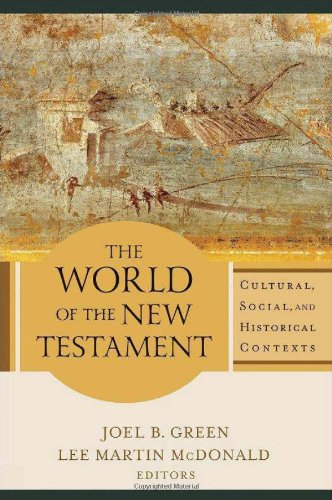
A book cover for The World of the New Testament: Cultural, Social, and Historical Contexts; Christian Books & Bibles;